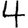
Digit: 4